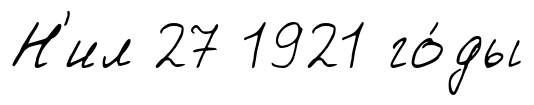
Н'ил 27 1921 го́ды